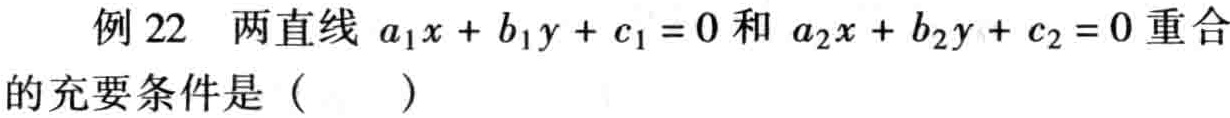
例 22 两直线 \(a_{1}x + b_{1}y + c_{1} = 0\) 和 \(a_{2}x + b_{2}y + c_{2} = 0\) 重合的充要条件是（  ）